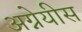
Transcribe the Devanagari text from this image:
अग्नेयीस